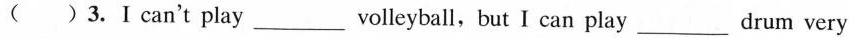
( )3.Ⅰ can't play___ volleyball, but I can play___drum very